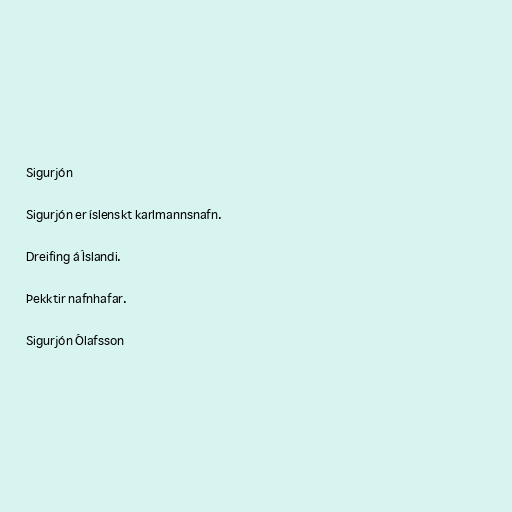
Sigurjón

Sigurjón er íslenskt karlmannsnafn.

Dreifing á Íslandi.

Þekktir nafnhafar.

Sigurjón Ólafsson